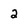
Character: 2